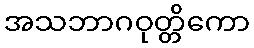
အသဘာဂဝုတ္တိကော